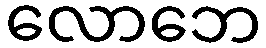
လောဘေ